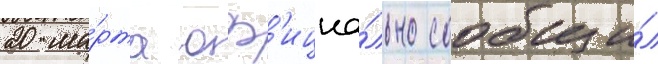
20 ма́рта оф'ициа́льно сообщи́л